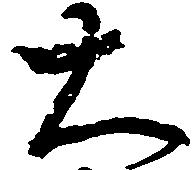
大